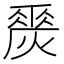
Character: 𤏀